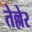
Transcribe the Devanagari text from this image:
तेल्लेर